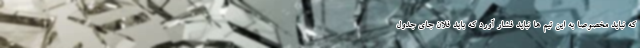
که نباید مخصوصا به این تیم ها نباید فشار آورد که باید فلان جای جدول